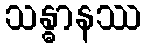
သန္ဓာနဿ